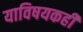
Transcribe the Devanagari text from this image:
याविषयकही